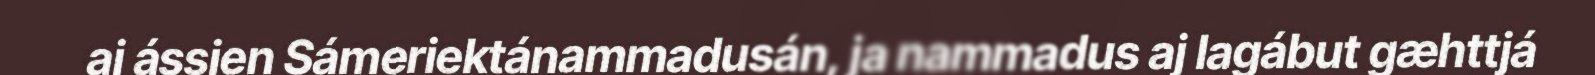
aj ássjen Sámeriektánammadusán, ja nammadus aj lagábut gæhttjá